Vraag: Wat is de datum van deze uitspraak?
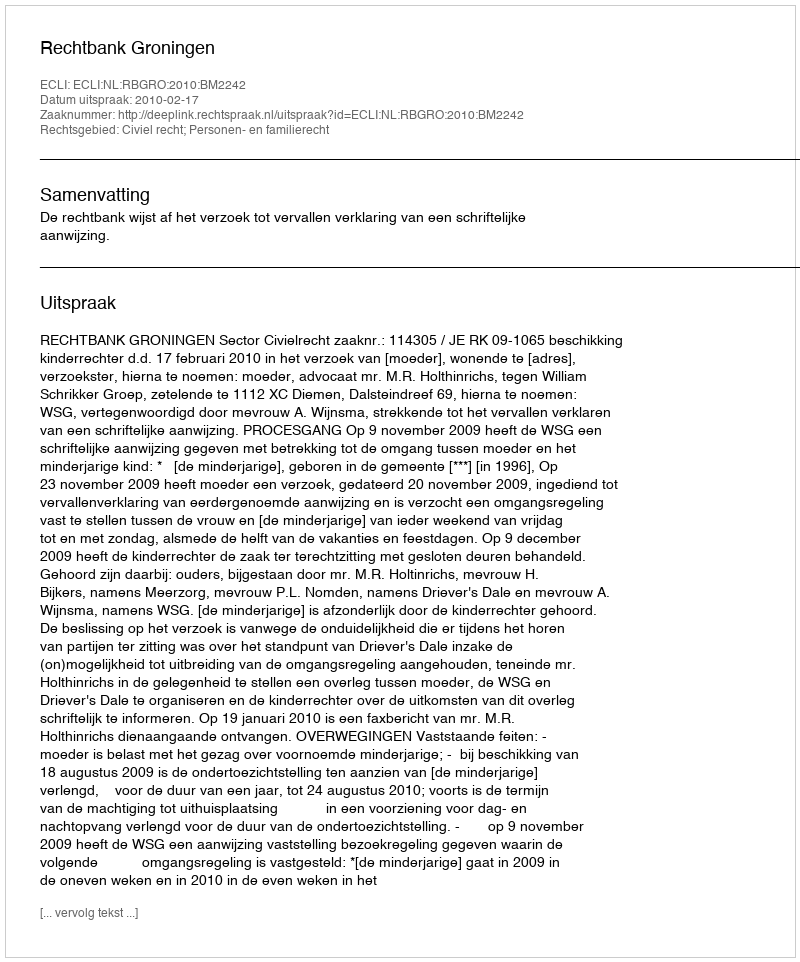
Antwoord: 2010-02-17